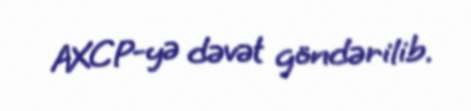
AXCP-yə dəvət göndərilib.